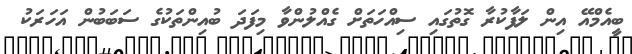
ބީއެމްއޭ އިން ލަފާކުރާ ގޮތުގައި ސިއްހަތަށް ގެއްލުންވާ މިފަދަ ބުއިންތަކުގެ ސަބަބުން އަހަރަކު